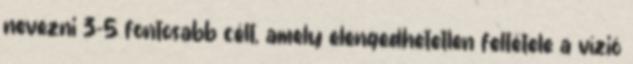
nevezni 3-5 fontosabb célt, amely elengedhetetlen feltétele a vízió